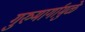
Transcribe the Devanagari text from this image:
गुरुमार्गामुळे